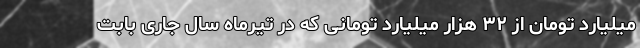
میلیارد تومان از ۳۲ هزار میلیارد تومانی که در تیرماه سال جاری بابت